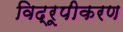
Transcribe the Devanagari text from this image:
विद्रूपीकरण